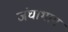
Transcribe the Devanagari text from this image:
जंघाभाग